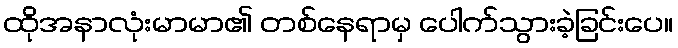
ထိုအနာလုံးမာမာ၏ တစ်နေရာမှ ပေါက်သွားခဲ့ခြင်းပေ။